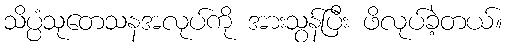
သိပ္ပံသုတေသနအလုပ်ကို အားသွန်ပြီး ဖိလုပ်ခဲ့တယ်။